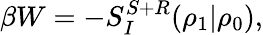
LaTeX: \beta W=-S_{I}^{S+R}(\rho_{1}|\rho_{0}),